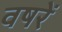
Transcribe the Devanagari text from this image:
वषरें